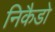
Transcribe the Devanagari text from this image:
निकैडो